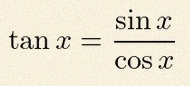
\tan x=\frac{\sin x}{\cos x}